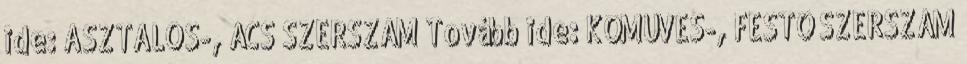
ide: ASZTALOS-, ÁCS SZERSZÁM Tovább ide: KŐMŰVES-, FESTŐ SZERSZÁM